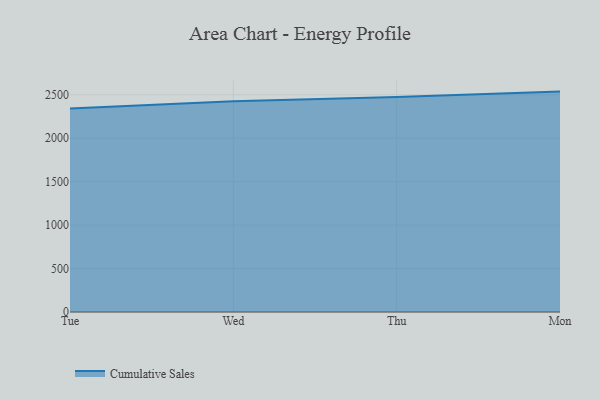
{"axis": {"x": "Day", "y": "Shipments"}, "legend": ["Cumulative Sales"], "data": [{"x": "Tue", "y": 2342.5, "type": "Cumulative Sales"}, {"x": "Wed", "y": 2423.7, "type": "Cumulative Sales"}, {"x": "Thu", "y": 2472.4, "type": "Cumulative Sales"}, {"x": "Mon", "y": 2535.9, "type": "Cumulative Sales"}]}